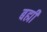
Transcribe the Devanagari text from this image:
बह्मी